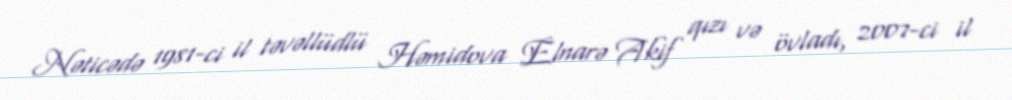
Nəticədə 1981-ci il təvəllüdlü Həmidova Elnarə Akif qızı və övladı, 2007-ci il